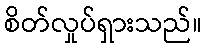
စိတ်လှုပ်ရှားသည်။